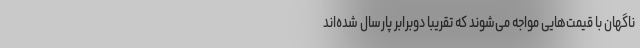
ناگهان با قیمت‌هایی مواجه می‌شوند که تقریباً دوبرابر پارسال شده‌اند